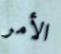
الأمر